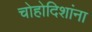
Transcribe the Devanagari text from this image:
चोहोदिशांना